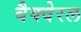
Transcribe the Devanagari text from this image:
बैक्वेरल